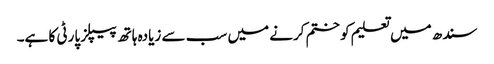
سندھ میں تعلیم کو ختم کرنے میں سب سے زیادہ ہاتھ پیپلز پارٹی کا ہے۔